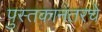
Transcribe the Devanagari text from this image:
पुस्तकानंतरचे